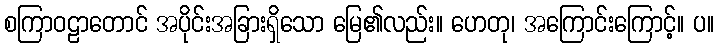
စကြာဝဠာတောင် အပိုင်းအခြားရှိသော မြေ၏လည်း။ ဟေတု၊ အကြောင်းကြောင့်။ ပ။